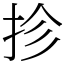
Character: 抮